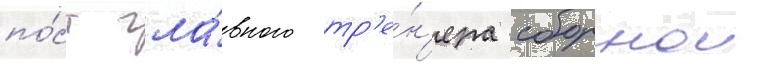
по́ст гла́вного тр'е́н'ера сборнои